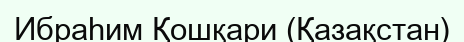
Ибраһим Қошқари (Қазақстан)